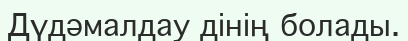
Дүдәмалдау дінің болады.